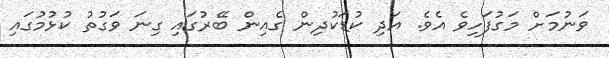
ވަނުމަށް މަގުފަހިވެ އެވެ. އަދި ކުޑަކުދިން ގެއިން ބޭރުގައި ގިނަ ވަގުތު ކުޅުމުގައި